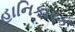
હાનિકારક